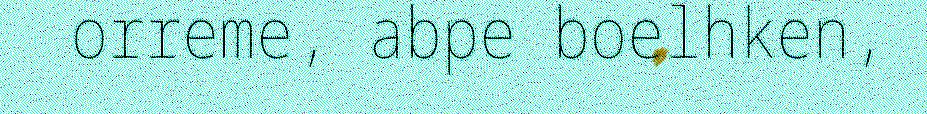
orreme, abpe boelhken,